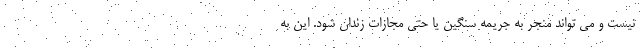
نیست و می تواند منجر به جریمه سنگین یا حتی مجازات زندان شود. این به